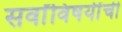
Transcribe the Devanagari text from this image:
सर्वांविषयींची